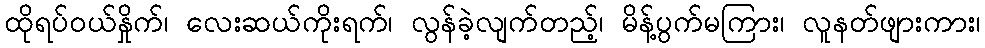
ထိုရပ်ဝယ်နှိုက်၊ လေးဆယ်ကိုးရက်၊ လွန်ခဲ့လျက်တည့်၊ မိန့်ပွက်မကြား၊ လူနတ်ဖျားကား၊